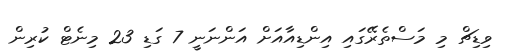
ވިޑިޗް މި މަސްތެރޭގައި އިންޑިއާއަށް އަންނަނީ 7 ގަޑި 23 މިނެޓް ކުރިން